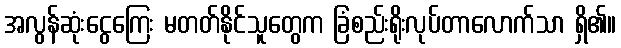
အလွန်ဆုံးငွေကြေး မတတ်နိုင်သူတွေက ခြံစည်းရိုးလုပ်တာလောက်သာ ရှိ၏။